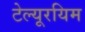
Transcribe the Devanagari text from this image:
टेल्यूरयिम